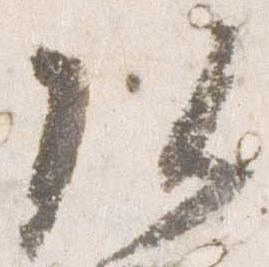
頭